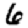
Digit: 6